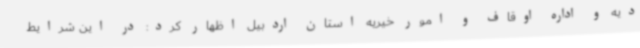
دیه و اداره اوقاف و امور خیریه استان اردبیل اظهار کرد: در این شرایط